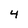
Character: 4